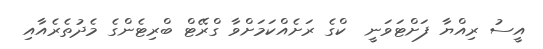
އީސު ރިއްޔާ ފަށްޓަވަނީ  ކްގެ ރަށެއްކަމަށްވާ ގްރޭޓް ބްރިޓެންގެ މެދުތެރެއާއި